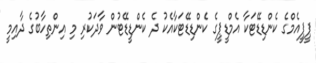
ޕީޕީއެމްގެ ކެންޑިޑޭޓަކާ އެމްޑީޕީގެ ކެންޑިޑޭޓަކާއެކު ދެ ކެންޑީޑޭޓުން ވާދަކުރި މި އިންތިހާބުގެ ދާއިމީ